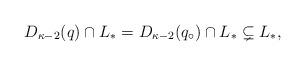
LaTeX: \begin{align*}D_{\kappa-2}(q) \cap L_\ast = D_{\kappa-2}(q_\circ) \cap L_\ast \subsetneq L_\ast,\end{align*}